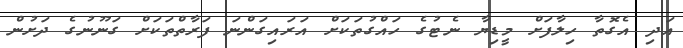
އަދި އެގޮތާ ހިލާފަށް މީޑިޔާ ނެޓުގެ ހައްގުތަކަށް އަރައިގަންނަ ފަރާތްތަކަށް ގަނޫނުގެ ދަށުން